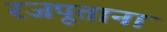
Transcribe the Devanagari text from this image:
रजपूताना